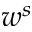
w ^ { s }